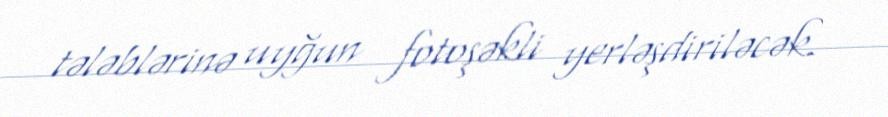
tələblərinə uyğun fotoşəkli yerləşdiriləcək.